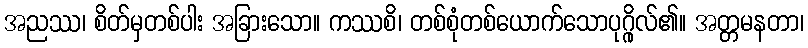
အညဿ၊ စိတ်မှတစ်ပါး အခြားသော။ ကဿစိ၊ တစ်စုံတစ်ယောက်သောပုဂ္ဂိုလ်၏။ အတ္တမနတာ၊